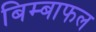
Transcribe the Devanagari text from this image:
बिम्बाफल